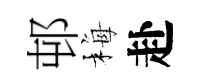
邨梅赴